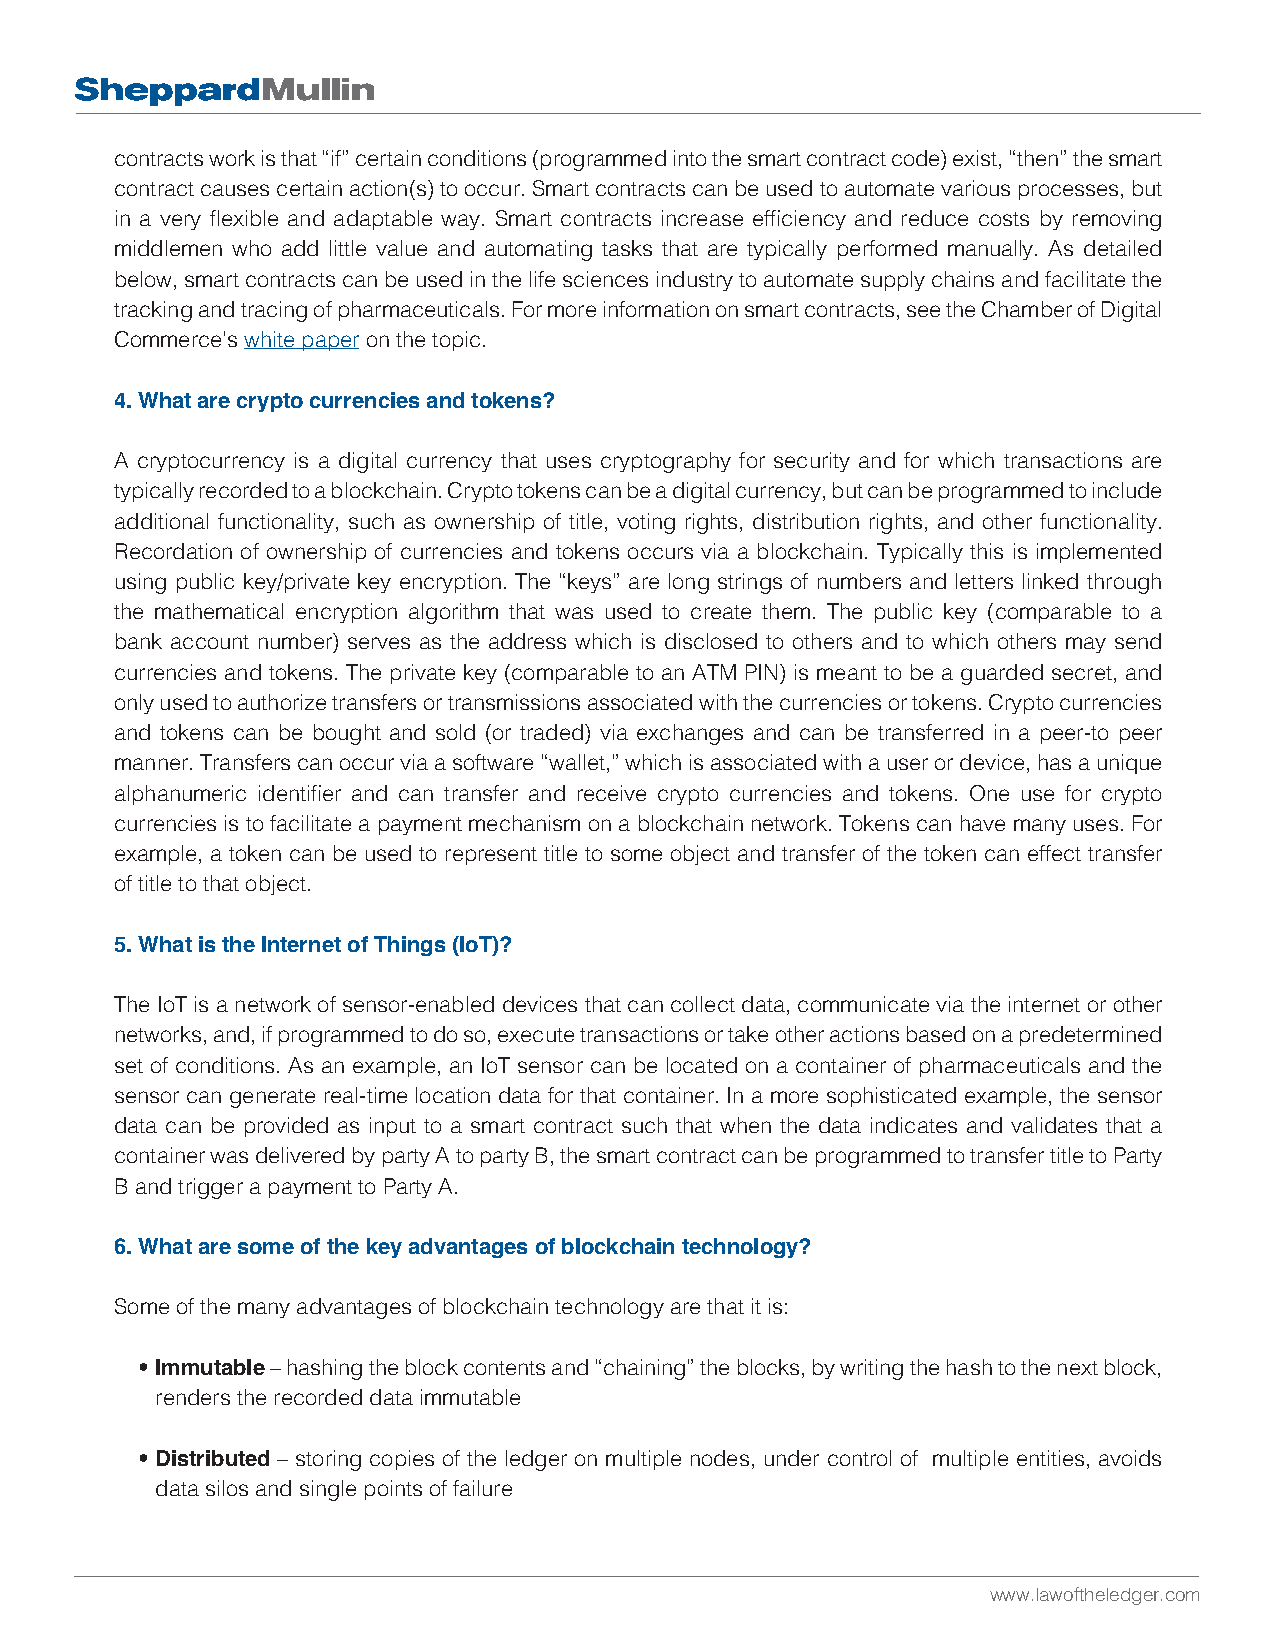
contracts work is that “if” certain conditions (programmed into the smart contract code) exist, “then” the smart
 contract causes certain action(s) to occur. Smart contracts can be used to automate various processes, but
 in a very flexible and adaptable way. Smart contracts increase efficiency and reduce costs by removing
 middlemen who add little value and automating tasks that are typically performed manually. As detailed
 below, smart contracts can be used in the life sciences industry to automate supply chains and facilitate the
 tracking and tracing of pharmaceuticals. For more information on smart contracts, see the Chamber of Digital
 Commerce’s white paper on the topic.
 4. What are crypto currencies and tokens?
 A cryptocurrency is a digital currency that uses cryptography for security and for which transactions are
 typically recorded to a blockchain. Crypto tokens can be a digital currency, but can be programmed to include
 additional functionality, such as ownership of title, voting rights, distribution rights, and other functionality.
 Recordation of ownership of currencies and tokens occurs via a blockchain. Typically this is implemented
 using public key/private key encryption. The “keys” are long strings of numbers and letters linked through
 the mathematical encryption algorithm that was used to create them. The public key (comparable to a
 bank account number) serves as the address which is disclosed to others and to which others may send
 currencies and tokens. The private key (comparable to an ATM PIN) is meant to be a guarded secret, and
 only used to authorize transfers or transmissions associated with the currencies or tokens. Crypto currencies
 and tokens can be bought and sold (or traded) via exchanges and can be transferred in a peer-to peer
 manner. Transfers can occur via a software “wallet,” which is associated with a user or device, has a unique
 alphanumeric identifier and can transfer and receive crypto currencies and tokens. One use for crypto
 currencies is to facilitate a payment mechanism on a blockchain network. Tokens can have many uses. For
 example, a token can be used to represent title to some object and transfer of the token can effect transfer
 of title to that object.
 5. What is the Internet of Things (IoT)?
 The IoT is a network of sensor-enabled devices that can collect data, communicate via the internet or other
 networks, and, if programmed to do so, execute transactions or take other actions based on a predetermined
 set of conditions. As an example, an IoT sensor can be located on a container of pharmaceuticals and the
 sensor can generate real-time location data for that container. In a more sophisticated example, the sensor
 data can be provided as input to a smart contract such that when the data indicates and validates that a
 container was delivered by party A to party B, the smart contract can be programmed to transfer title to Party
 B and trigger a payment to Party A.
 6. What are some of the key advantages of blockchain technology?
 Some of the many advantages of blockchain technology are that it is:
 • Immutable – hashing the block contents and “chaining” the blocks, by writing the hash to the next block,
 renders the recorded data immutable
 • Distributed – storing copies of the ledger on multiple nodes, under control of multiple entities, avoids
 data silos and single points of failure
 www.lawoftheledger.com